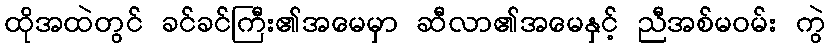
ထိုအထဲတွင် ခင်ခင်ကြီး၏အမေမှာ ဆီလာ၏အမေနှင့် ညီအစ်မဝမ်း ကွဲ